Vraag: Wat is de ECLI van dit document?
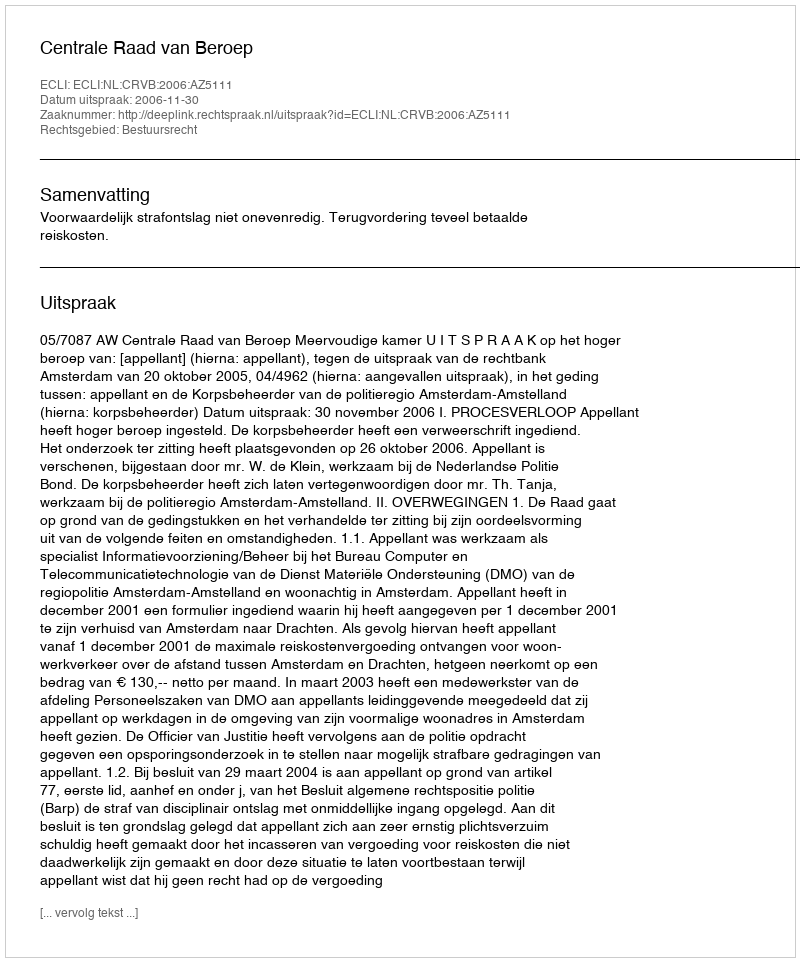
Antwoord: ECLI:NL:CRVB:2006:AZ5111